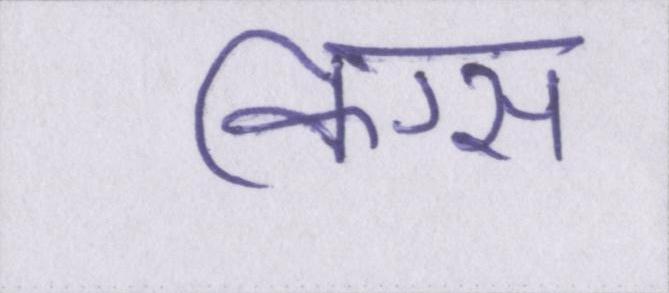
किंग्स